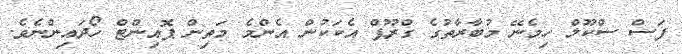
ފަސް ސްކޫލް ހިމެނޭ މުބާރާތުގެ ގްރޫޕް އެކަކުން އެންމެ މަތިން ޕޮއިންޓް ހޯދައިންނެވެ.